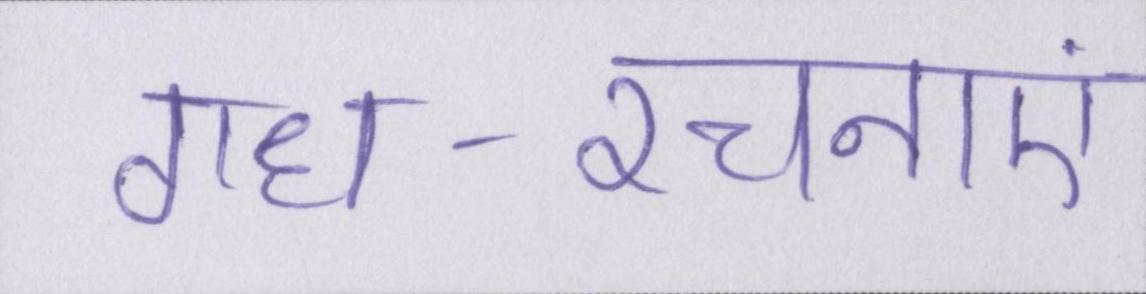
गध-रचनाएं